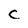
Character: c